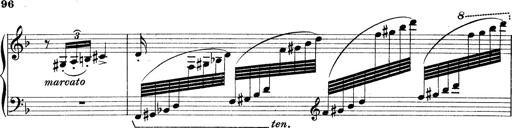
Title: Rapsodie: 19 ungheresi, 1 spagnuola
Composer: Franz Liszt